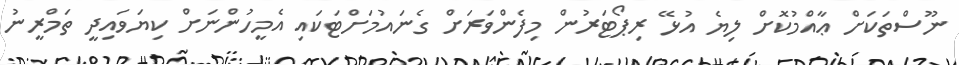
ނޫސްތަކަށް ޢާއްމުކޮށް ލިޔެ އުޅޭ ރިޕޯޓަރުން މިފެންވަރަށް ގެނައުމަށްޓަކައި އެމީހުންނަށް ކިޔަވައިދީ ތަމްރީނު